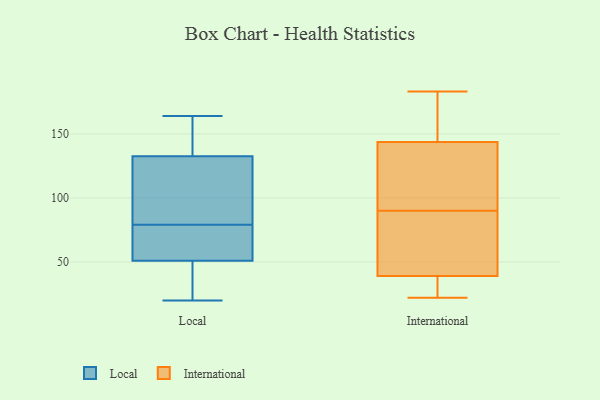
{"axis": {"x": "Latency (ms)", "y": "Value"}, "legend": ["International", "Local"], "data": [{"x": "", "y": 40, "type": "Local"}, {"x": "", "y": 113, "type": "Local"}, {"x": "", "y": 138, "type": "Local"}, {"x": "", "y": 164, "type": "Local"}, {"x": "", "y": 94, "type": "Local"}, {"x": "", "y": 140, "type": "Local"}, {"x": "", "y": 55, "type": "Local"}, {"x": "", "y": 48, "type": "Local"}, {"x": "", "y": 20, "type": "Local"}, {"x": "", "y": 64, "type": "Local"}, {"x": "", "y": 127, "type": "Local"}, {"x": "", "y": 54, "type": "Local"}, {"x": "", "y": 99, "type": "International"}, {"x": "", "y": 105, "type": "International"}, {"x": "", "y": 40, "type": "International"}, {"x": "", "y": 183, "type": "International"}, {"x": "", "y": 139, "type": "International"}, {"x": "", "y": 90, "type": "International"}, {"x": "", "y": 181, "type": "International"}, {"x": "", "y": 158, "type": "International"}, {"x": "", "y": 86, "type": "International"}, {"x": "", "y": 36, "type": "International"}, {"x": "", "y": 64, "type": "International"}, {"x": "", "y": 22, "type": "International"}, {"x": "", "y": 35, "type": "International"}]}